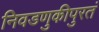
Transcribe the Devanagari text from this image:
निवडणुकीपुरतं